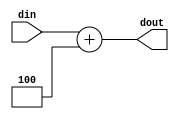
`timescale 1ns / 1ps
//////////////////////////////////////////////////////////////////////////////////
// Company: 
// Engineer: 
// 
// Design Name: 
// Module Name: const_add4
// Project Name: 
// Target Devices: 
// Tool Versions: 
// Description: 
// 
// Dependencies: 
// 
// Revision:
// Revision 0.01 - File Created
// Additional Comments:
// 
//////////////////////////////////////////////////////////////////////////////////


module const_add4(
    input wire [31:0] din,
    output wire [31:0] dout
    );
    
    assign dout = din + 4;
    
endmodule